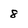
Character: 8